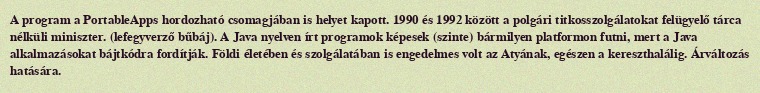
A program a PortableApps hordozható csomagjában is helyet kapott. 1990 és 1992 között a polgári titkosszolgálatokat felügyelő tárca nélküli miniszter. (lefegyverző bűbáj). A Java nyelven írt programok képesek (szinte) bármilyen platformon futni, mert a Java alkalmazásokat bájtkódra fordítják. Földi életében és szolgálatában is engedelmes volt az Atyának, egészen a kereszthalálig. Árváltozás hatására.